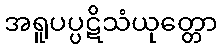
အရူပပ္ပဋိသံယုတ္တော